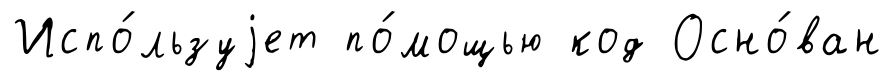
Испо́льзуjет по́мощью код Осно́ван